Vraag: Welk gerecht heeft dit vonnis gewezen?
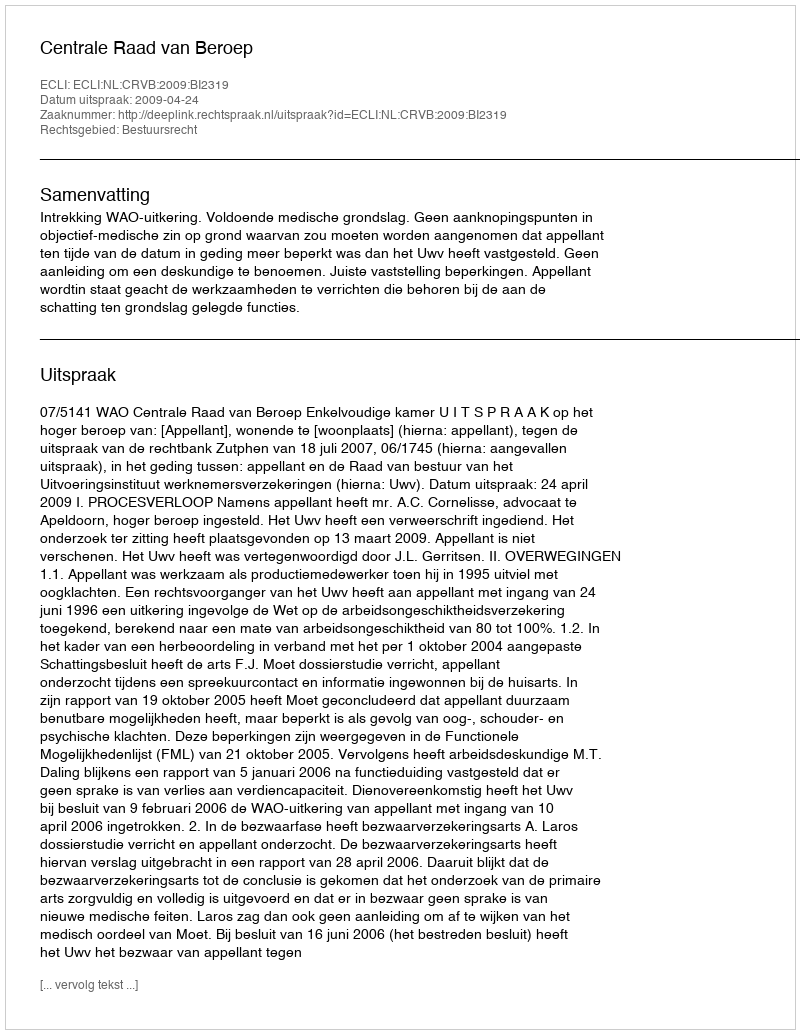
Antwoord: Centrale Raad van Beroep